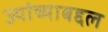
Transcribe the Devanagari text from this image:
ज्यांच्याबद्दल